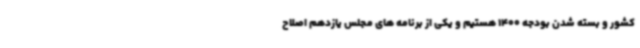
کشور و بسته شدن بودجه 1400 هستیم و یکی از برنامه های مجلس یازدهم اصلاح